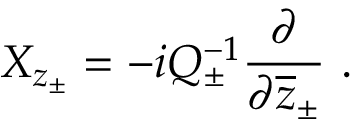
X _ { z _ { \pm } } = - i Q _ { \pm } ^ { - 1 } \displaystyle \frac { \partial } { \partial \overline { { { z } } } _ { \pm } } ~ .